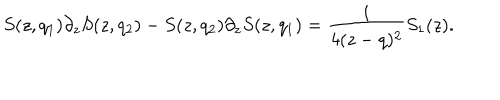
LaTeX: S ( z , q _ { 1 } ) \partial _ { z } S ( z , q _ { 2 } ) - S ( z , q _ { 2 } ) \partial _ { z } S ( z , q _ { 1 } ) = { \frac { i } { 4 ( z - q ) ^ { 2 } } } S _ { 1 } ( z ) .